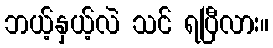
ဘယ့်နှယ့်လဲ သင် ရပြီလား။